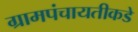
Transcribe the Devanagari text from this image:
ग्रामपंचायतीकडे